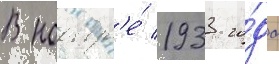
В ноабр'е́ 1933 го́да